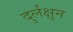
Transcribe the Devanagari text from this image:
दुर्लक्षुन